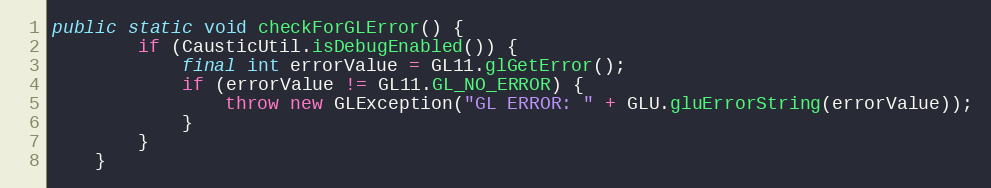
Language: Java
public static void checkForGLError() {
        if (CausticUtil.isDebugEnabled()) {
            final int errorValue = GL11.glGetError();
            if (errorValue != GL11.GL_NO_ERROR) {
                throw new GLException("GL ERROR: " + GLU.gluErrorString(errorValue));
            }
        }
    }